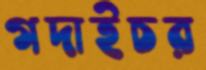
গদাইচর